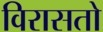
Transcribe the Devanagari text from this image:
विरासतो